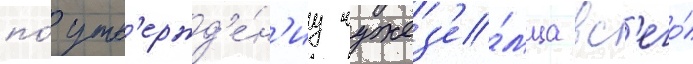
по́ утв'ержд'е́н'иу чужез'е́мца вс'его́